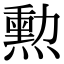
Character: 勲